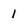
Character: 1